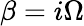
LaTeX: \beta=i\Omega